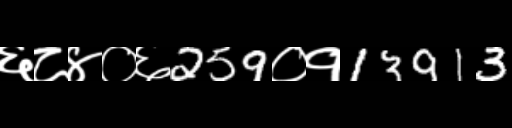
Text: ६८४०६259०१13913